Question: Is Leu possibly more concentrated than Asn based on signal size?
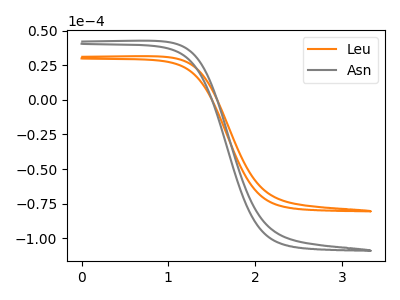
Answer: <think>The orange curve "Leu" has no peaks. The gray curve "Asn" has no peaks.
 Neither "Leu" or "Asn" have any peaks.</think>
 <answer>I cant tell if "Leu" or "Asn" has more signal.</answer>
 <eval>mixed_signal</eval>